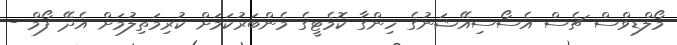
މޯލްޑިވްސް ޗެސް އެސޯސިއޭޝަނުގެ ހިންގާ ކޮމެޓީގެ މެންބަރުކަމަށް ކުރިމަތިލުމަށް އެދޭ ފޯމް -